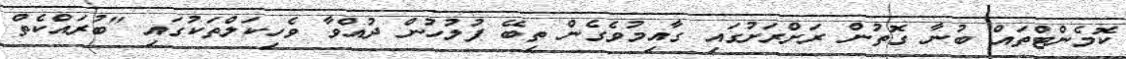
ކޮމެންޓްތައް ބުނާ ގޮތުން ރަށްރަށުގައި ގާއިމުވެގެން ތިބޭ ފުލުހުން ދުއްވާ ވެހިކަލްތަކުގައި "ބުރައްކެތް